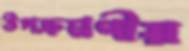
উপক্রমণীয়